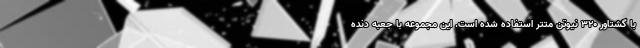
با گشتاور 320 نیوتن متتر استفاده شده است. این مجموعه با جعبه دنده